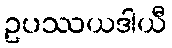
ဥပဿယဒါယီ